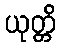
ယုတ္တိ